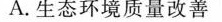
A.生态环境质量改善